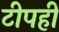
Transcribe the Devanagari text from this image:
टीपही